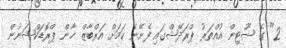
2" ގެ ޝޫޓިން އުއްތަރު ޕްރަދޭޝްގައި ފެށޭނެ ކަމަށް އަރްބާޒް ޚާން ޕްރޮޑަކްޝަނުން